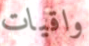
واقيات